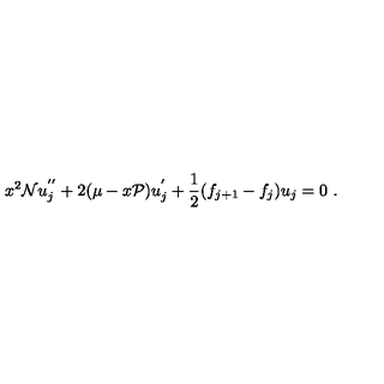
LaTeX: x ^ { 2 } { \cal N } u _ { j } ^ { ' ^ { \prime } } + 2 ( \mu - x { \cal P } ) u _ { j } ^ { ' } + \frac { 1 } { 2 } ( f _ { j + 1 } - f _ { j } ) u _ { j } = 0 \ .